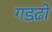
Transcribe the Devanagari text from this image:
गडढ़ो